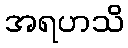
အရဟသိ